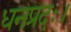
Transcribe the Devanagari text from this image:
धनप्रदः।